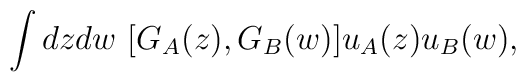
\int dz dw\ [G_A(z),G_B(w)] u_A(z) u_B (w),